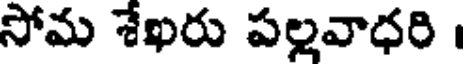
సోమ శేఖరు పల్లవాధరి